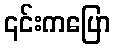
၎င်းကပြော